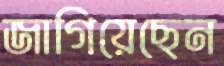
জাগিয়েছেন